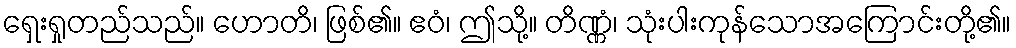
ရှေးရှုတည်သည်။ ဟောတိ၊ ဖြစ်၏။ ဧဝံ၊ ဤသို့။ တိဏ္ဏံ၊ သုံးပါးကုန်သောအကြောင်းတို့၏။